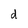
Character: d